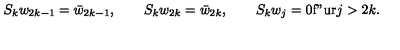
S _ { k } w _ { 2 k - 1 } = \bar { w } _ { 2 k - 1 } , \qquad S _ { k } w _ { 2 k } = \bar { w } _ { 2 k } , \qquad S _ { k } w _ { j } = 0 \mathrm { f " u r } j > 2 k .